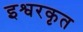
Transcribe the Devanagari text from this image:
इश्वरकृत